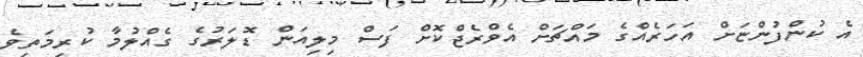
އެ ކުންފުންޏަށް އަހަރެއްގެ މައްޗަށް އެވްރެޖްކޮށް ފަސް މިލިއަން ޑޮލަރުގެ ގެއްލުމާ ކުރިމަތިވެ